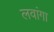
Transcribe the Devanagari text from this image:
लवांगा